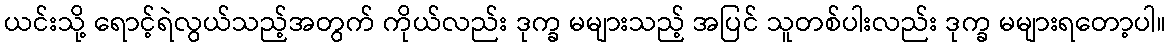
ယင်းသို့ ရောင့်ရဲလွယ်သည့်အတွက် ကိုယ်လည်း ဒုက္ခ မများသည့် အပြင် သူတစ်ပါးလည်း ဒုက္ခ မများရတော့ပါ။